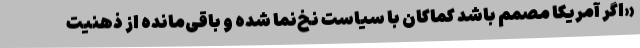
«اگر آمریکا مصمم باشد کماکان با سیاست نخ‌نما شده و باقی‌مانده از ذهنیت